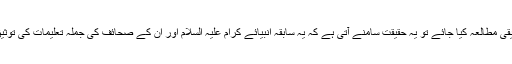
اس عقیدہ و فکر کا تحقیقی مطالعہ کیا جائے تو یہ حقیقت سامنے آتی ہے کہ یہ سابقہ انبیائے کرام علیہ السلام اور ان کے صحائف کی جملہ تعلیمات کی توثیق اور تجدید کرتی ہے۔